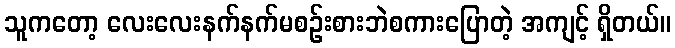
သူကတော့ လေးလေးနက်နက်မစဉ်းစားဘဲစကားပြောတဲ့ အကျင့် ရှိတယ်။